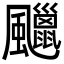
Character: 𩙑